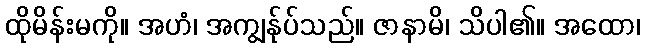
ထိုမိန်းမကို။ အဟံ၊ အကျွန်ုပ်သည်။ ဇာနာမိ၊ သိပါ၏။ အထော၊